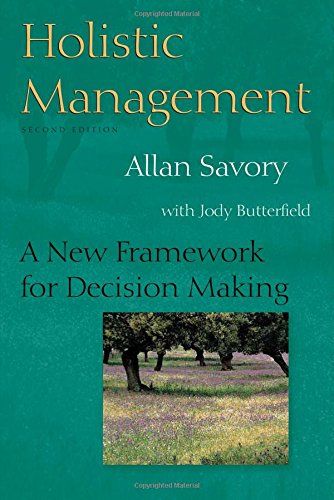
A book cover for Holistic Management: A New Framework for Decision Making; Allan Savory; Science & Math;